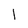
Character: l